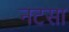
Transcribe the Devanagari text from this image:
नटसा